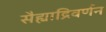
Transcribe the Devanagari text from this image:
सैह्याद्रिवर्णन